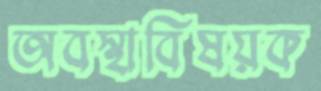
অবস্থাবিষয়ক